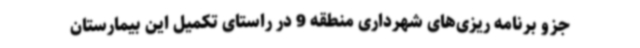
جزو برنامه ریزی‌های شهرداری منطقه 9 در راستای تکمیل این بیمارستان